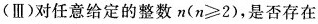
(Ⅲ)对任意给定的整数$$n(n\leq2)$$，是否存在